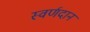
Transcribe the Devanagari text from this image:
स्वर्णदान